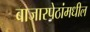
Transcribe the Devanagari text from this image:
बाजारपेठांमधील